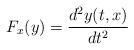
LaTeX: \begin{align*}F_{x}(y)=\frac{d^{2}y(t,x)}{dt^{2}}\end{align*}